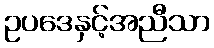
ဥပဒေနှင့်အညီသာ